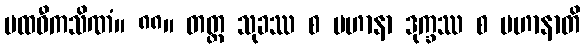
ပထဝီကသိဏံ။ ၈၈။ တတ္ထ သုခဿ စ ပဟာနာ ဒုက္ခဿ စ ပဟာနာတိ